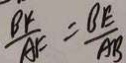
\frac { B F } { A F } = \frac { B E } { A B }